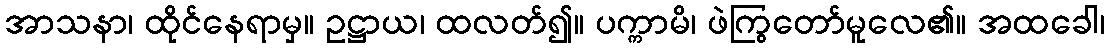
အာသနာ၊ ထိုင်နေရာမှ။ ဥဋ္ဌာယ၊ ထလတ်၍။ ပက္ကာမိ၊ ဖဲကြွတော်မူလေ၏။ အထခေါ၊